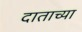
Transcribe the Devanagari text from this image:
दाताच्या